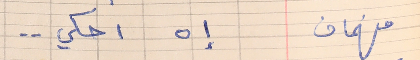
فهمان    إه احكي . .